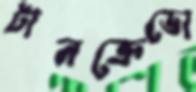
টানক্রেডো